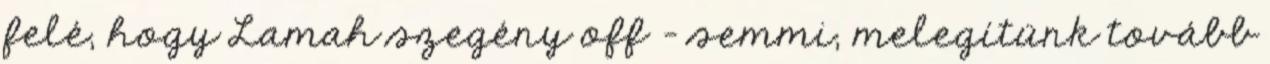
felé, hogy Lamah szegény off - semmi, melegítünk tovább